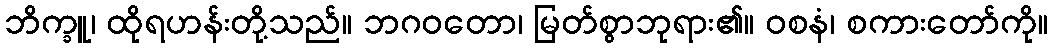
ဘိက္ခူ၊ ထိုရဟန်းတို့သည်။ ဘဂဝတော၊ မြတ်စွာဘုရား၏။ ဝစနံ၊ စကားတော်ကို။